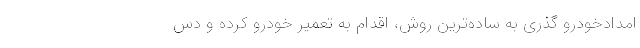
امدادخودرو گذری به ساده‌ترین روش‌، اقدام به تعمیر خودرو کرده و دس